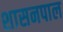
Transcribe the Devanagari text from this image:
शासनपाल